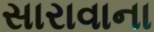
સારાવાના